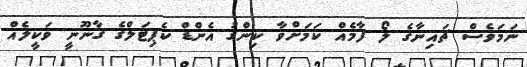
ނަމަވެސް ޗައިނާގެ ލޯ ފާމެއް ކަމަށްވާ ކިންގު އެންޑް ކެޕިޓަލްގެ ގާނޫނީ ވަކީލެއް